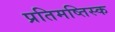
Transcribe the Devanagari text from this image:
प्रतिमष्तिस्क